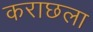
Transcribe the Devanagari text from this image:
कराछला